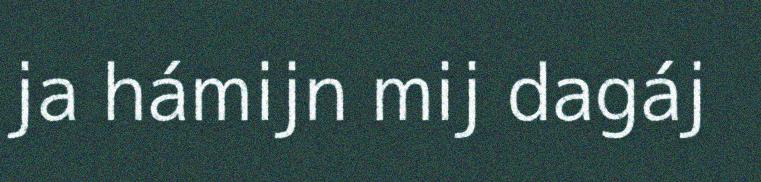
ja hámijn mij dagáj